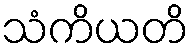
သံကိယတိ